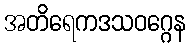
အတိရေကဒသဝဂ္ဂေန